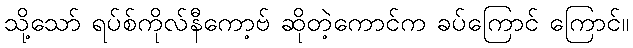
သို့သော် ရပ်စ်ကိုလ်နီကော့ဗ် ဆိုတဲ့ကောင်က ခပ်ကြောင် ကြောင်။